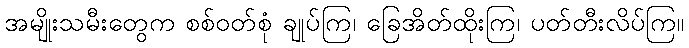
အမျိုးသမီးတွေက စစ်ဝတ်စုံ ချုပ်ကြ၊ ခြေအိတ်ထိုးကြ၊ ပတ်တီးလိပ်ကြ။